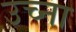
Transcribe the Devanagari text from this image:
उच्ना